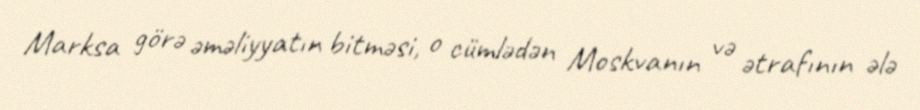
Marksa görə əməliyyatın bitməsi, o cümlədən Moskvanın və ətrafının ələ